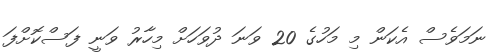
ނަމަވެސް އެކަން މި މަހުގެ 20 ވަނަ ދުވަހަށް މިހާރު ވަނީ ފަސްކޮށްފަ